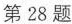
A.1.2A1.2A B.0.3A0.3A